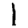
Digit: 1